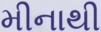
મીનાથી